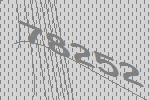
78252